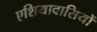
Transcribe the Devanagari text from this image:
एशियावासियों